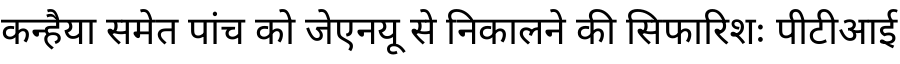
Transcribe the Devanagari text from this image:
कन्हैया समेत पांच को जेएनयू से निकालने की सिफारिशः पीटीआई